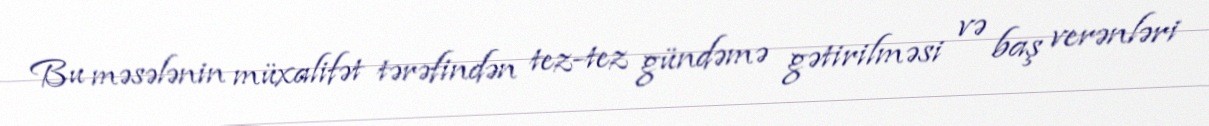
Bu məsələnin müxalifət tərəfindən tez-tez gündəmə gətirilməsi və baş verənləri